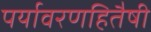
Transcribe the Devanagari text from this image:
पर्यावरणहितैषी